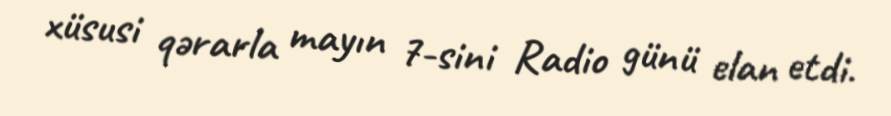
xüsusi qərarla mayın 7-sini Radio günü elan etdi.